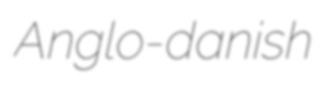
Anglo-danish